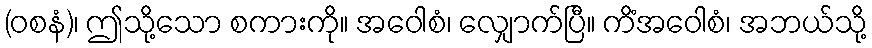
(ဝစနံ)၊ ဤသို့သော စကားကို။ အဝေါစံ၊ လျှောက်ပြီ။ ကိံအဝေါစံ၊ အဘယ်သို့